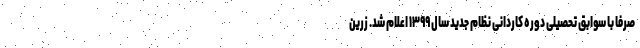
صرفاً با سوابق تحصیلی دوره کاردانی نظام جدید سال ۱۳۹۹ اعلام شد. زرین